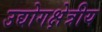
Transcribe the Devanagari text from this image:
उद्योगक्षेत्रीय